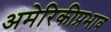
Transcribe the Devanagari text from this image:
अमेरिकीप्रभाव